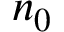
n _ { 0 }